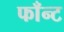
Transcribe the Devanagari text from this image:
फाँन्ट